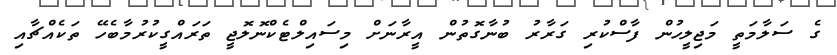
ގެ ސަލާމަތީ މަޖިލީހުން ފާސްކުރި ގަރާރު ބުނާގޮތުން އީރާނަށް މިސައިލްޓެކްނޮލޮޖީ ތަރައްގީކުރުމާބެހޭ ތަކެއްޗާއި